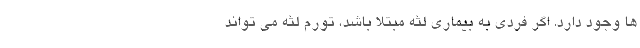
ها وجود دارد. اگر فردی به بیماری لثه مبتلا باشد، تورم لثه می تواند